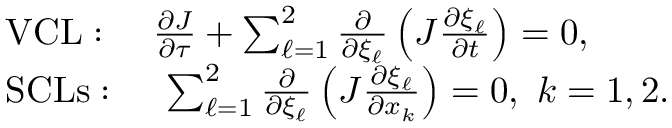
\begin{array} { r l } & { \mathrm { ~ V C L : ~ } \quad \frac { \partial J } { \partial \tau } + \sum _ { \ell = 1 } ^ { 2 } \frac { \partial } { \partial \xi _ { \ell } } \left( J \frac { \partial \xi _ { \ell } } { \partial t } \right) = 0 , } \\ & { \mathrm { ~ S C L s : ~ } \quad \sum _ { \ell = 1 } ^ { 2 } \frac { \partial } { \partial \xi _ { \ell } } \left( J \frac { \partial \xi _ { \ell } } { \partial x _ { k } } \right) = 0 , ~ k = 1 , 2 . } \end{array}